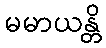
မမာယန္တိ